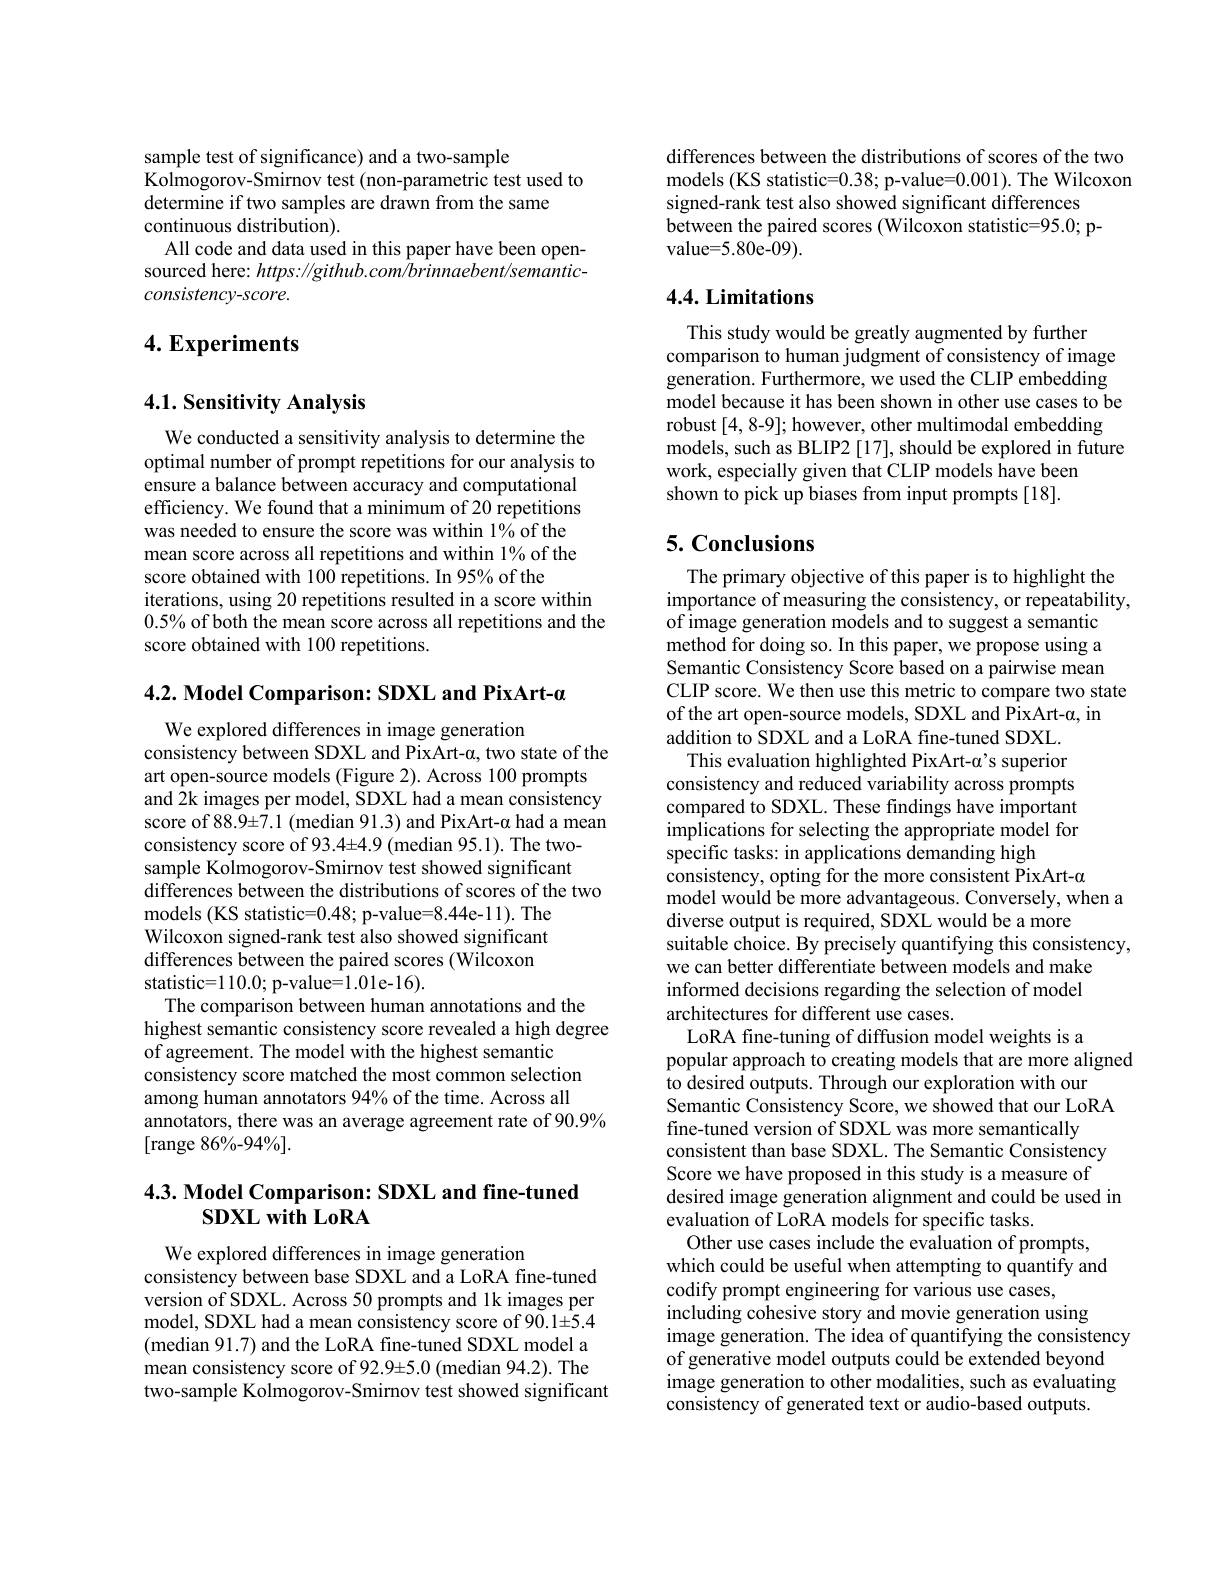
sample test of significance) and a two-sample
$\hat{\text{Kolmogorov-Smirnov test(non-parametric test used to}}$
determine if two samples are drawn from the same
continuous distribution).
All code and data used in this paper have been opensourced here: https: //github. com/brinnaebent/semanticconsistency-score.

## 4. Experiments

### 4.1. Sensitivity Analysis

We conducted a sensitivity analysis to determine the optimal number of prompt repetitions for our analysis to ensure a balance between accuracy and computational efficiency. We found that a minimum of 20 repetitions was needed to ensure the score was within 1% of the mean score across all repetitions and within 1% of the score obtained with 100 repetitions. In 95% of the
iterations, using 20 repetitions resulted in a score within $0.5\%$ of both the mean score across all repetitions and the score obtained with 100 repetitions.

4.2. Model Comparison: SDXL and PixArt-a

We explored differences in image generation
consistency between SDXL and PixArt-$\alpha$, two state of the
art open-source models (Figure 2). Across 100 prompts and 2k images per model, SDXL had a mean consistency score of $88.9\pm7.1$ (median 91.3) and PixArt-α had a mean consistency score of 93.4±4.9 (median 95.1). The twosample Kolmogorov-Smirnov test showed significant differences between the distributions of scores of the two
models (KS statistic=0.48; p-value=8.44e-11). The Wilcoxon signed-rank test also showed significant differences between the paired scores (Wilcoxon statistic=110.0; p-value=1.01e-16).
The comparison between human annotations and the
highest semantic consistency score revealed a high degree
of agreement. The model with the highest semantic
consistency score matched the most common selection among human annotators 94% of the time. Across all annotators, there was an average agreement rate of 90.9%
[range 86%-94%].

## $4. 3. \textbf{ Model Comparison: SDXL and fine- tuned}$ SDXLwithLoRA

We explored differences in image generation
consistency between base SDXL and a LoRA fine-tuned version of SDXL. Across 50 prompts and lk images per model, SDXL had a mean consistency score of 90.1±5.4 (median 91.7) and the LoRA fine-tuned SDXL model a mean consistency score of 92.9±5.0 (median 94.2). The two-sample Kolmogorov-Smirnov test showed significant

differences between the distributions of scores of the two models (KS statistic=0.38; p-value=0.001). The Wilcoxon signed-rank test also showed significant differences
between the paired scores (Wilcoxon statistic=95.0; p-
${\mathrm{value=5.80e-09).}}$

### 4.4. Limitations

This study would be greatly augmented by further
comparison to human judgment of consistency of image generation. Furthermore, we used the CLIP embedding model because it has been shown in other use cases to be robust [4, 8-9]; however, other multimodal embedding models, such as BLIP2 [17], should be explored in future
work, especially given that CLIP models have been
shown to pick up biases from input prompts [18].

## 5. Conclusions

The primary objective of this paper is to highlight the importance of measuring the consistency, or repeatability, of image generation models and to suggest a semantic method for doing so. In this paper, we propose using a Semantic Consistency Score based on a pairwise mean CLIP score. We then use this metric to compare two state
of the art open-source models, SDXL and PixArt-$\alpha$, in
addition to SDXL and a LoRA fine-tuned SDXL.
This evaluation highlighted PixArt-$\alpha’$s superior consistency and reduced variability across prompts compared to SDXL. These findings have important implications for selecting the appropriate model for specific tasks: in applications demanding high
consistency, opting for the more consistent PixArt-$\alpha$
model would be more advantageous. Conversely, when a
diverse output is required, SDXL would be a more
suitable choice. By precisely quantifying this consistency,
we can better differentiate between models and make informed decisions regarding the selection of model architectures for different use cases.
LoRA fine-tuning of diffusion model weights is a
popular approach to creating models that are more aligned
to desired outputs. Through our exploration with our
Semantic Consistency Score, we showed that our LoRA
fine-tuned version of SDXL was more semantically
consistent than base SDXL. The Semantic Consistency Score we have proposed in this study is a measure of desired image generation alignment and could be used in
evaluation of LoRA models for specific tasks.
Other use cases include the evaluation of prompts,
which could be useful when attempting to quantify and
codify prompt engineering for various use cases,
including cohesive story and movie generation using
image generation. The idea of quantifying the consistency
of generative model outputs could be extended beyond image generation to other modalities, such as evaluating consistency of generated text or audio-based outputs.